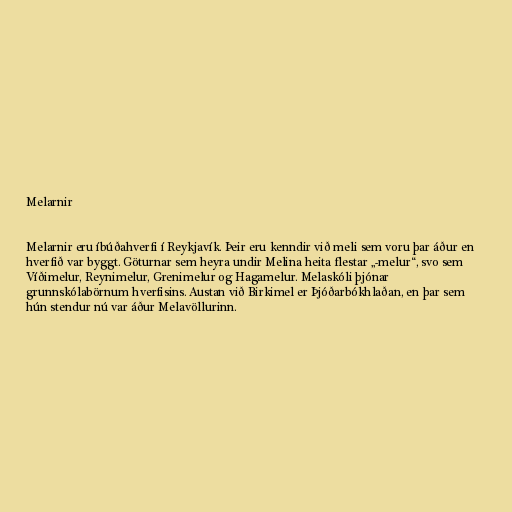
Melarnir

Melarnir eru íbúðahverfi í Reykjavík. Þeir eru kenndir við meli sem voru þar áður en
hverfið var byggt. Göturnar sem heyra undir Melina heita flestar „-melur“, svo sem
Víðimelur, Reynimelur, Grenimelur og Hagamelur. Melaskóli þjónar
grunnskólabörnum hverfisins. Austan við Birkimel er Þjóðarbókhlaðan, en þar sem
hún stendur nú var áður Melavöllurinn.